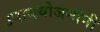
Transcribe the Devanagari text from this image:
उपाययोजनांनी